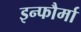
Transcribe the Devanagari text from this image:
इन्फौर्मा